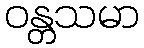
ဝန္တသမာ